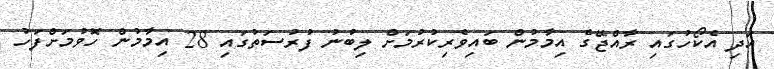
އަދި އެކޯހުގައި ރާއްޖޭގެ އިމާމުން ބައިވެރިކުރުމަށް ލިބުނު ފުރުސަތުގައި 28 އިމާމުން ހޮވުމަށްފަހު